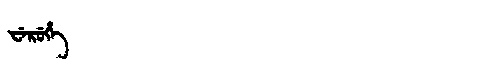
Manchu: ᠸᡝᡵᡠᡥᡝ
Romanization: WERUHE